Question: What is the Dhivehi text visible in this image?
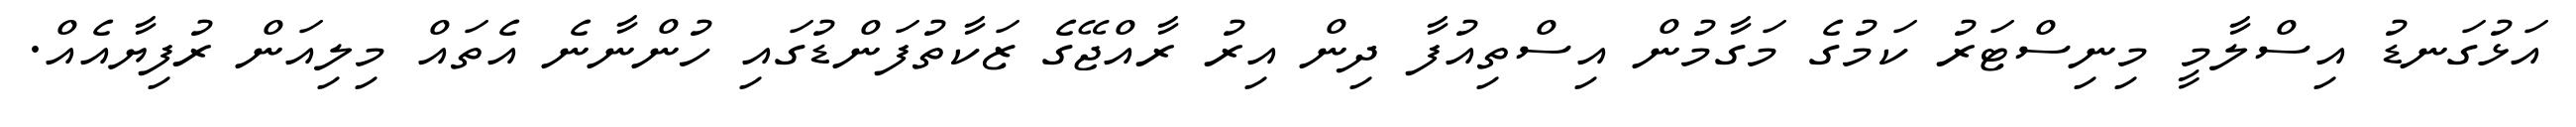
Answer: އަޅުގަނޑު އިސްލާމީ މިނިސްޓަރު ކަމުގެ މަގާމުން އިސްތިއުފާ ދިން އިރު ރާއްޖޭގެ ޒަކާތުފަންޑުގައި ހުންނާނެ އެތައް މިލިއަން ރުފިޔާއެއް.